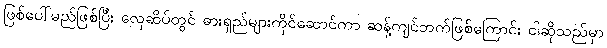
ဖြစ်ပေါ်မည်ဖြစ်ပြီး လှေဆိပ်တွင် ဓားရှည်များကိုင်ဆောင်ကာ ဆန့်ကျင်ဘက်ဖြစ်ကြောင်း ငါဆိုသည်မှာ